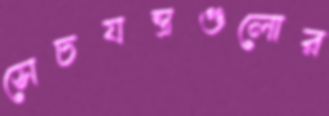
সেচযন্ত্রগুলোর